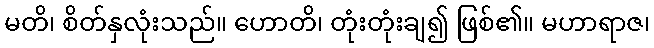
မတိ၊ စိတ်နှလုံးသည်။ ဟောတိ၊ တုံးတုံးချ၍ ဖြစ်၏။ မဟာရာဇ၊